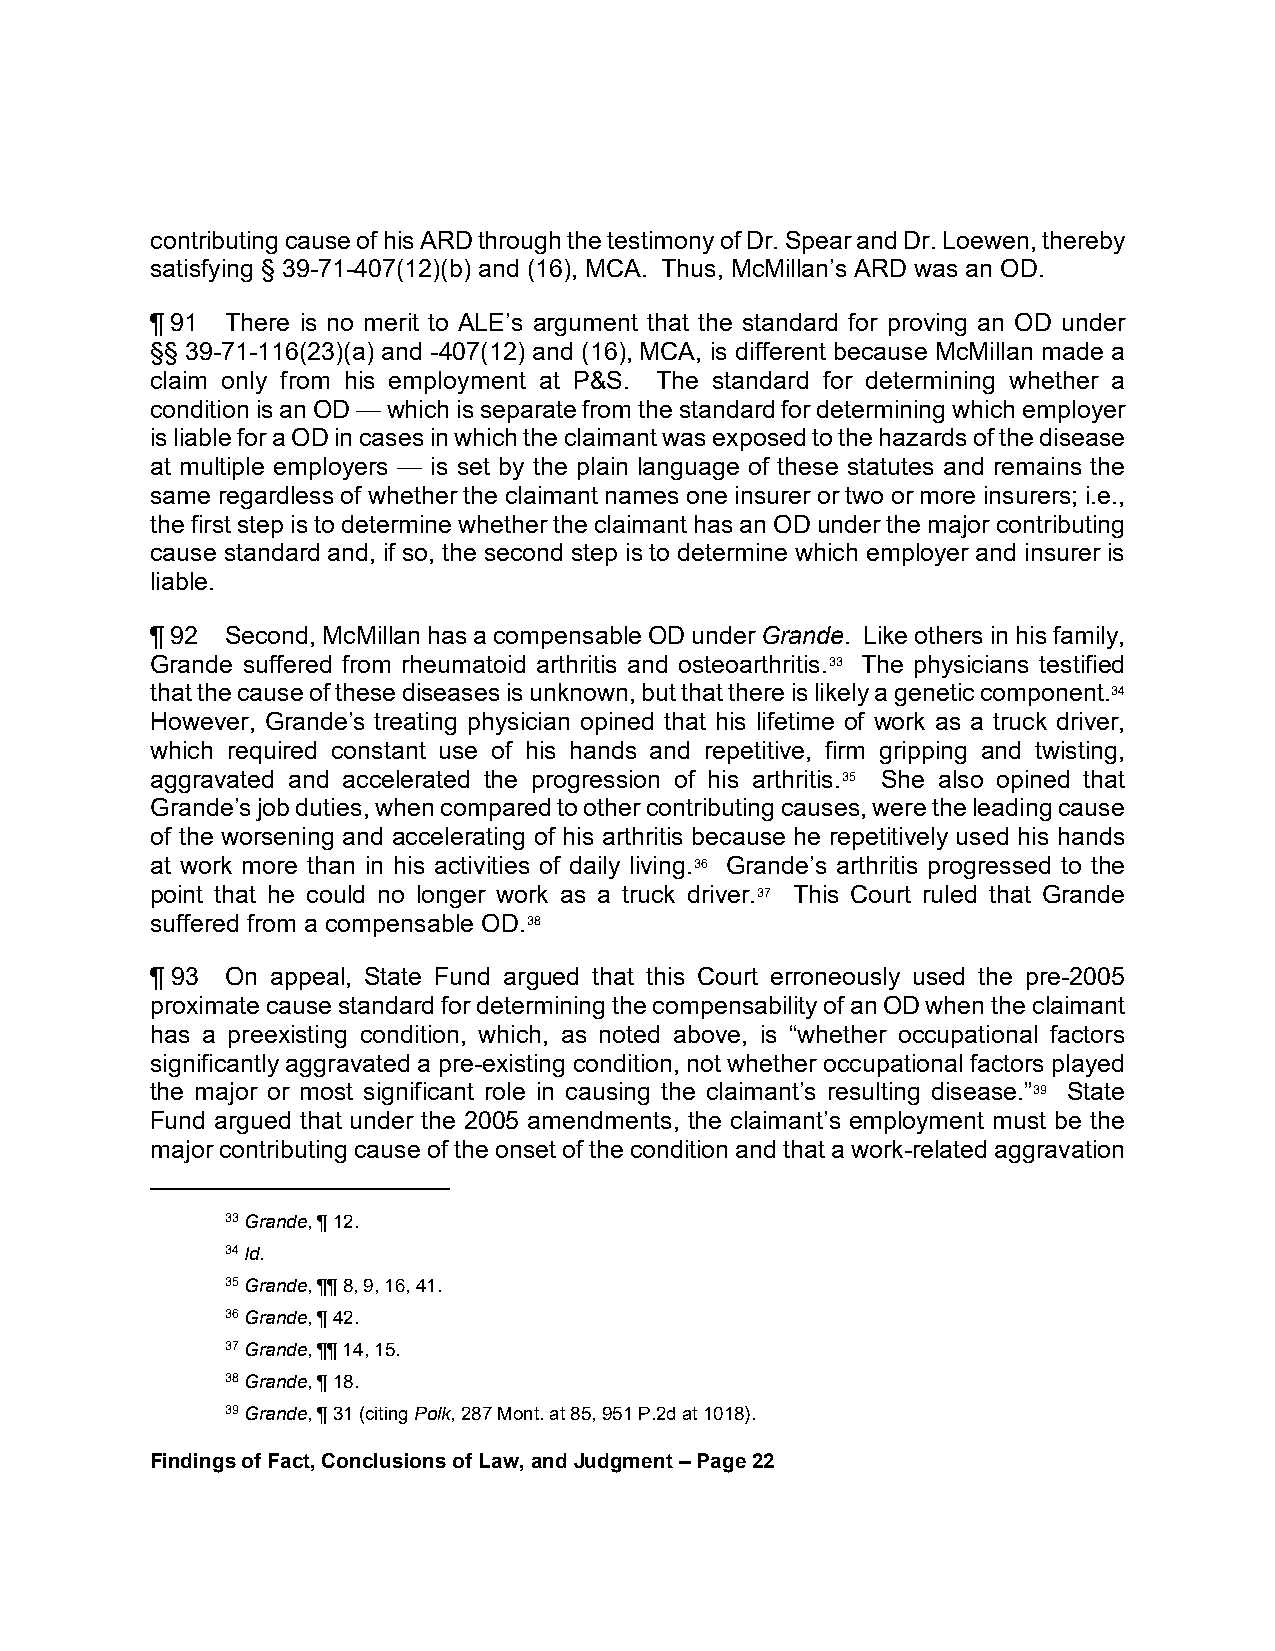
contributing cause of his ARD through the testimony of Dr. Spear and Dr. Loewen, thereby
 satisfying § 39-71-407(12)(b) and (16), MCA. Thus, McMillan’s ARD was an OD.
 ¶ 91 There is no merit to ALE’s argument that the standard for proving an OD under
 §§ 39-71-116(23)(a) and -407(12) and (16), MCA, is different because McMillan made a
 claim only from his employment at P&S. The standard for determining whether a
 condition is an OD — which is separate from the standard for determining which employer
 is liable for a OD in cases in which the claimant was exposed to the hazards of the disease
 at multiple employers — is set by the plain language of these statutes and remains the
 same regardless of whether the claimant names one insurer or two or more insurers; i.e.,
 the first step is to determine whether the claimant has an OD under the major contributing
 cause standard and, if so, the second step is to determine which employer and insurer is
 liable.
 ¶ 92 Second, McMillan has a compensable OD under Grande. Like others in his family,
 Grande suffered from rheumatoid arthritis and osteoarthritis.33 The physicians testified
 that the cause of these diseases is unknown, but that there is likely a genetic component.34
 However, Grande’s treating physician opined that his lifetime of work as a truck driver,
 which required constant use of his hands and repetitive, firm gripping and twisting,
 aggravated and accelerated the progression of his arthritis.35 She also opined that
 Grande’s job duties, when compared to other contributing causes, were the leading cause
 of the worsening and accelerating of his arthritis because he repetitively used his hands
 at work more than in his activities of daily living.36 Grande’s arthritis progressed to the
 point that he could no longer work as a truck driver.37 This Court ruled that Grande
 suffered from a compensable OD.38
 ¶ 93 On appeal, State Fund argued that this Court erroneously used the pre-2005
 proximate cause standard for determining the compensability of an OD when the claimant
 has a preexisting condition, which, as noted above, is “whether occupational factors
 significantly aggravated a pre-existing condition, not whether occupational factors played
 the major or most significant role in causing the claimant’s resulting disease.”39 State
 Fund argued that under the 2005 amendments, the claimant’s employment must be the
 major contributing cause of the onset of the condition and that a work-related aggravation
 33 Grande, ¶ 12.
 34 Id.
 35 Grande, ¶¶ 8, 9, 16, 41.
 36 Grande, ¶ 42.
 37 Grande, ¶¶ 14, 15.
 38 Grande, ¶ 18.
 39 Grande, ¶ 31 (citing Polk, 287 Mont. at 85, 951 P.2d at 1018).
 Findings of Fact, Conclusions of Law, and Judgment – Page 22